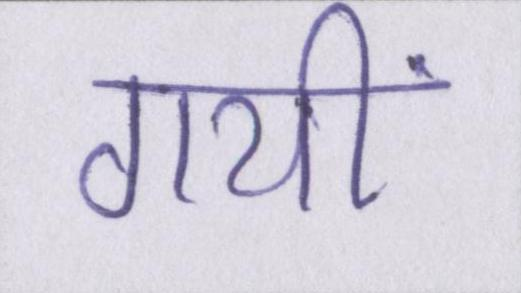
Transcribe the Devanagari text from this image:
गयीं